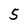
Character: 5